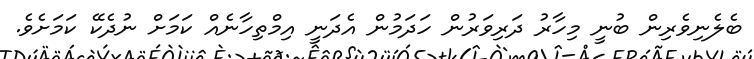
ބެލެނިވެރިން ބުނީ މިހާރު ދަރިވަރުން ހަދަމުން އެދަނީ އިމްތިހާނެއް ކަމަށް ނުދެކޭ ކަމަށެވެ.